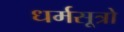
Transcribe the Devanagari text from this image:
धर्मसूत्रो